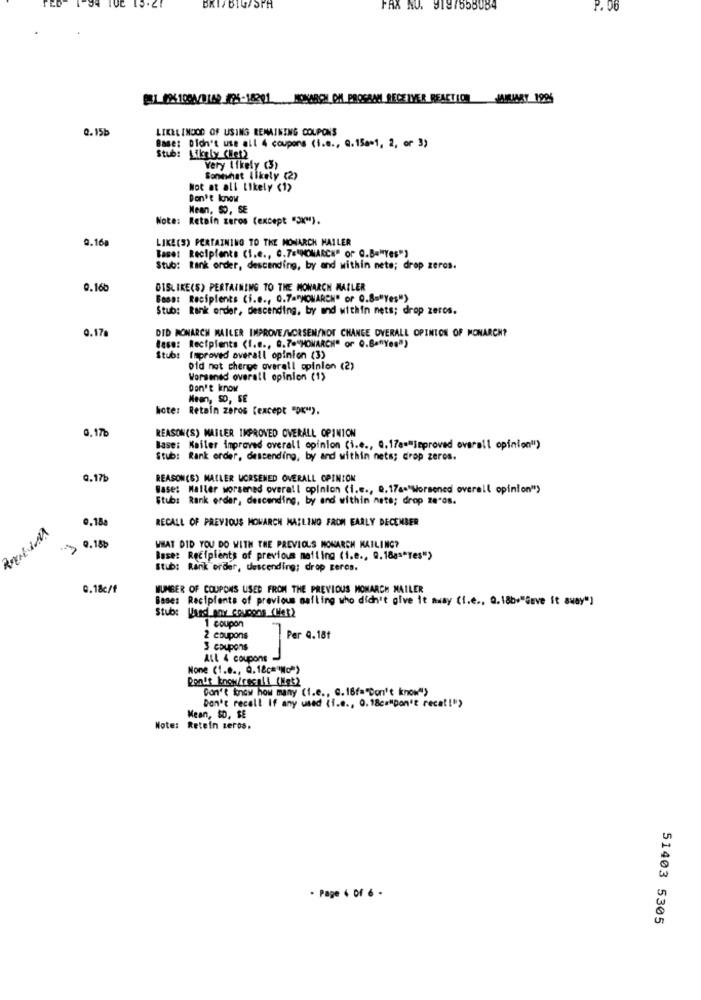
FAX RU. 9197558084
BRI_6%100A/B1A9_26-18201 MONARCH OM PROGRAM RECEIVER REACTION JAMARY 1906
Q. 15b
LIKELIHOOD OF USING REMAINING COUPONS
Base: Didn't use all 4 coupons (i.e ., Q.15a=1, 2, or 3)
Stub: Likely CHlet)
Very Likely (3)
Somewhat likely (2)
Not at all Likely (1)
Don't know
Mean, 50, SE
Nota: Retain zeros (except "SK").
0.160
LIKE(S) PERTAINING TO THE MONARCH HALLER
Base: Recipients (I.e ., C.7="MONARCH" or Q.B="Yes")
Stub: tank order, descending, by and within nete; drop zeros.
0.16b
DISLIKE(S) PERTAINING TO THE MONARCH MAILER
Basa: Recipients (i.e ., 0.74"MONARCH" or 0.8="Yes")
Stub: Rank order, descending, by and within nets; drop zeros.
0.17a
DID MONARCH MAILER IMPROVE/WORSEN/NOT CHANGE OVERALL OPINION OF MONARCH?
Base: Recipients (I.e ., 8.7."MONARCH" or Q.B="Yes")
Stub: Improved overall opinion (3)
Did not chenge overall opinion (2)
Worsened overall opinion (1)
Don't know
Mean, SO, SE
hicte: Retain zeros (except "OK").
0, 17b
REASON(S) MAILER IMPROVED OVERALL OPINION
Base: Kailer improved overall opinion (i.e ., Q.17a="leproved overall opinion")
Stub: Rank order, descending, by and within nets; drop zeros.
0.17b
REASON(S) MAILER WORSENED OVERALL OPINION
Base: Maller worsened overall opinion (i.e ., Q.17a="Worsened overall opinion">
Stub: Rank order, descending, by and within nets; drop ze"08.
0.188
RECALL OF PREVIOUS MOWARCH MAILING FROM EARLY DECEMBER
9.18₺
WHAT DID YOU DO WITH THE PREVIOUS MONARCH KAILING?
Base: Recipients of previous mailing (i.e ., 9.18gs*Tes">
Stub: Rank order, descending; drop geres.
0.18c/f
NUMBER OF COUPONS USED FROM THE PREVIOUS MONARCH MAILER
Bases Recipients of previous mailing who dich't give it away (I.e .. 0.18b+"Gave it away"]
Stube Used any coupons (Wet2
1 coupon
2 coupons
Per 4.18t
3 coupons
ALL 4 coupons
None (1.0 ., Q.18ca"No")
Don't know/recali (ligt2
Don't know how many (i.e ., G.18f="Don't know">
Don't recall If any used (f.e ., 0.18cm"Don't recat!")
Mean, $0, SE
Note: Retein zeros.
- Page 4 Of 6 -
51403 5305